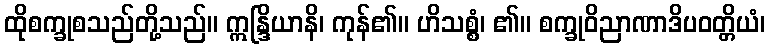
ထိုစက္ခုစသည်တို့သည်။ ဣန္ဒြိယာနိ၊ ကုန်၏။ ဟိသစ္စံ၊ ၏။ စက္ခုဝိညာဏာဒိပဝတ္တိယံ၊